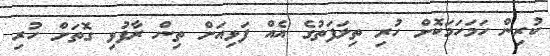
ކުރިން ހަމަހަމަކޮށް ހުރި ތިލަފަތުގެ އެއް ފަޅިއަށް ތިން ރާފުޅި ގޮތަށް ހުރި